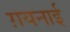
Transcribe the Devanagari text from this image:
ग़यनाई